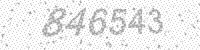
Solution: 846543